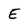
Character: E